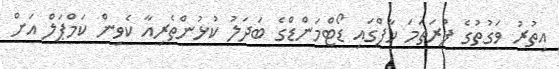
އިތުރު ވަގުތުގެ ފުރަތަމަ ހާފްގައި ޑޯޓްމަންޑްގެ ބަދަލު ކުޅުންތެރިއާ ކެވިން ކަމްޕަލް އަށް